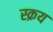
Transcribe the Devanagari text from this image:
स्क्रय